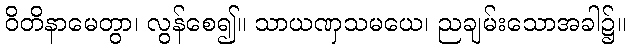
ဝိတိနာမေတွာ၊ လွန်စေ၍။ သာယဏှသမယေ၊ ညချမ်းသောအခါ၌။